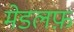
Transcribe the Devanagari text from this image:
मेडलफ़